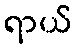
ရာယ်